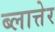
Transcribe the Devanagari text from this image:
ब्लात्तेर